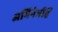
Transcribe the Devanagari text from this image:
अभिनेत्रीहैं